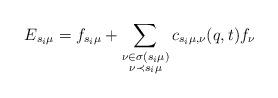
LaTeX: \begin{align*}E_{s_i\mu}&=f_{s_i \mu}+\sum_{\substack{\nu \in \sigma(s_i \mu) \\ \nu \prec s_i \mu}}c_{s_i\mu,\nu}(q,t)f_{\nu}\end{align*}